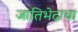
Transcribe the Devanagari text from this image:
जातिभेदाचा